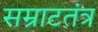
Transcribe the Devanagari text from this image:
सम्राटतंत्र